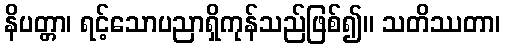
နိပတ္တာ၊ ရင့်သောပညာရှိကုန်သည်ဖြစ်၍။ သတိဿတာ၊